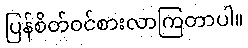
ပြန်စိတ်ဝင်စားလာကြတာပါ။